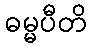
ဓမ္မပီတိ